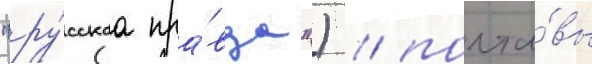
"ру́сскаа пра́вда") / полта́вы